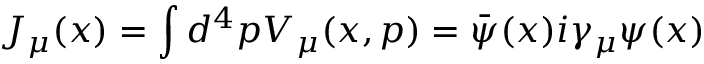
J _ { \mu } ( x ) = \int d ^ { 4 } p V _ { \mu } ( x , p ) = { \bar { \psi } } ( x ) i \gamma _ { \mu } \psi ( x )